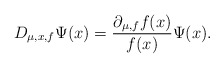
\begin{align*}D_{\mu,x,f}\Psi(x)=\frac{\partial_{\mu,f}f(x)}{f(x)}\Psi(x).\end{align*}